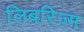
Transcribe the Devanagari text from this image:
लिबरिज्म